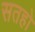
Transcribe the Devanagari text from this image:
सतहो